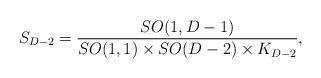
LaTeX: \begin{align*} S_{D-2}={SO(1,D-1)\over SO(1,1) \times SO(D-2) \times K_{D-2}},\end{align*}